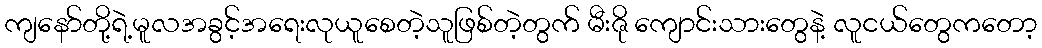
ကျနော်တို့ရဲ့မူလအခွင့်အရေးလုယူစေတဲ့သူဖြစ်တဲ့တွက် မီးဇို ကျောင်းသားတွေနဲ့ လူငယ်တွေကတော့